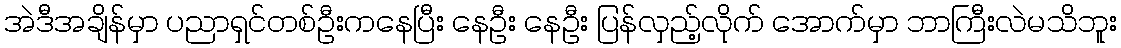
အဲဒီအချိန်မှာ ပညာရှင်တစ်ဦးကနေပြီး နေဦး နေဦး ပြန်လှည့်လိုက် အောက်မှာ ဘာကြီးလဲမသိဘူး